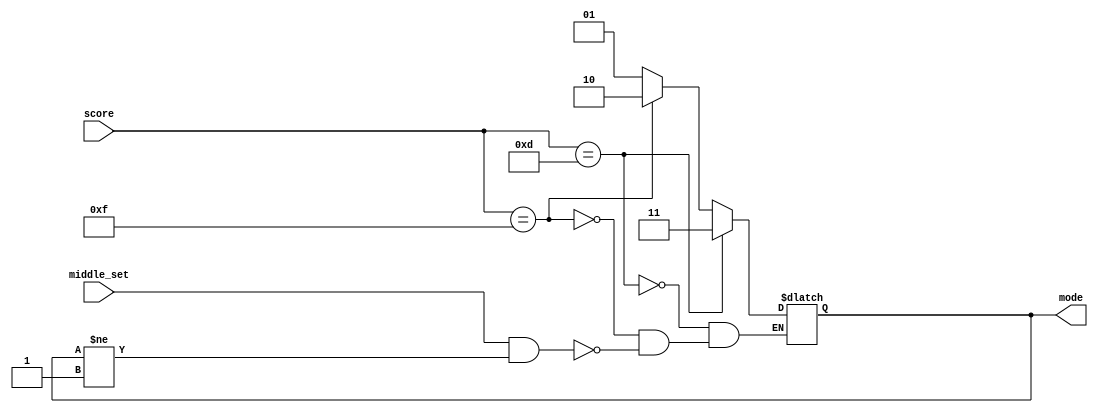
`timescale 1ns / 1ps
//////////////////////////////////////////////////////////////////////////////////
// Company: 
// Engineer: 
// 
// Design Name: 
// Module Name: Game_Control
// Project Name: 
// Target Devices: 
// Tool Versions: 
// Description: 
// 
// Dependencies: 
// 
// Revision:
// Revision 0.01 - File Created
// Additional Comments:
// 
//////////////////////////////////////////////////////////////////////////////////


module Game_Control(
    input wire middle_set, //
    input wire [3:0] score,
    output reg [1:0] mode //0001101100
    );
    initial mode <= 0;
    
    always @ ( * )
        begin
            if (middle_set == 1 && mode != 01) mode <= 1;
            if (score == 13) mode <= 3;
            else if (score == 15) mode <= 2;
        end
    
endmodule